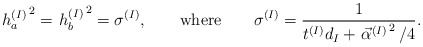
\begin{align*}\left.h_a^{(I)}\right.^2= \left.h_b^{(I)}\right.^2= \sigma^{(I)},\qquad \mbox{where}\qquad \sigma^{(I)}= \frac{1}{t^{(I)}d_I+\left.\vec\alpha^{(I)}\right.^2/4}.\end{align*}